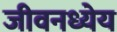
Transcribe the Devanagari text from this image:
जीवनध्येय